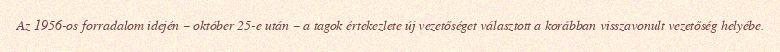
Az 1956-os forradalom idején – október 25-e után – a tagok értekezlete új vezetőséget választott a korábban visszavonult vezetőség helyébe.